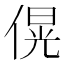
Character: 𪝚